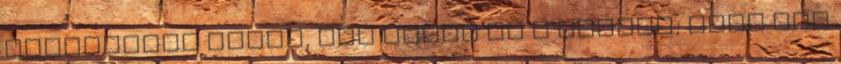
hétköznapi fazon, aki ragad rá a buszon; neki más